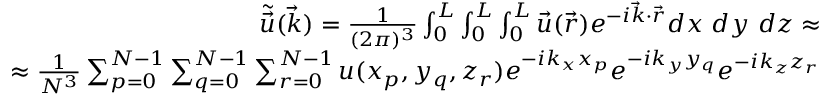
\begin{array} { r } { \tilde { \Vec { u } } ( \Vec { k } ) = \frac { 1 } { ( 2 \pi ) ^ { 3 } } \int _ { 0 } ^ { L } \int _ { 0 } ^ { L } \int _ { 0 } ^ { L } \Vec { u } ( \Vec { r } ) e ^ { - i \Vec { k } \cdot \Vec { r } } d x ~ d y ~ d z \approx } \\ { \approx \frac { 1 } { N ^ { 3 } } \sum _ { p = 0 } ^ { N - 1 } \sum _ { q = 0 } ^ { N - 1 } \sum _ { r = 0 } ^ { N - 1 } u ( x _ { p } , y _ { q } , z _ { r } ) e ^ { - i k _ { x } x _ { p } } e ^ { - i k _ { y } y _ { q } } e ^ { - i k _ { z } z _ { r } } } \end{array}